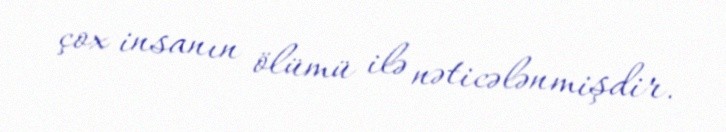
çox insanın ölümü ilə nəticələnmişdir.